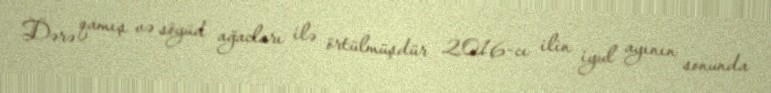
Dərə qamış və söyüd ağacları ilə örtülmüşdür 2016-cı ilin iyul ayının sonunda